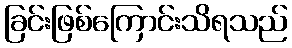
ခြင်းဖြစ်ကြောင်းသိရသည်